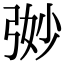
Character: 𭚵